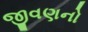
જીવણનો